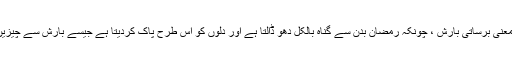
ایک قول یہ بھی ہے کہ رمض کے معنی برساتی بارش ، چونکہ رمضان بدن سے گناہ بالکل دھو ڈالتا ہے اور دلوں کو اس طرح پاک کردیتا ہے جیسے بارش سے چیزیں دھل کر پاک و صاف ہو جاتی ہیں ۔